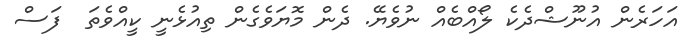
އަހަރެން އުނޫޝްދެކެ ލޯއްބެއް ނުވެޔޭ. ދެން މޮޔަވެގެން ތިއުޅެނީ ކީއްވެތަ  ފަސް